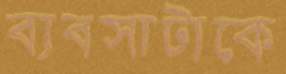
ব্যবসাটাকে